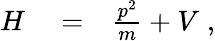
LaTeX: \begin{array}{rlr}{H}&{{}=}&{\frac{p^{2}}{m}+V\; ,}\end{array}